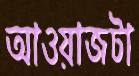
আওয়াজটা